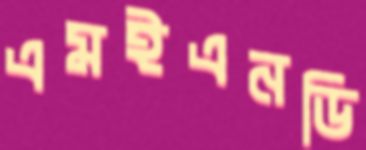
এমইএনডি